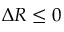
\Delta R \leq 0